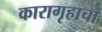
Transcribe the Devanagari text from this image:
कारागृहाचा